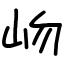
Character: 岉